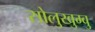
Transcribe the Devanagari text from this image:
सोलुखुम्बु